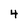
Character: 4